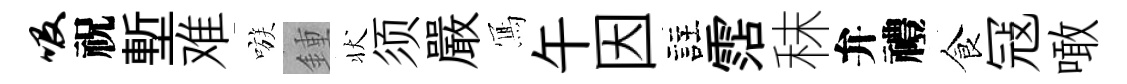
吸祝塹难嗾鍾状须嚴𭂁午因註霑秣弁禮食冦噉